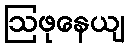
ဩဖုနေယျ